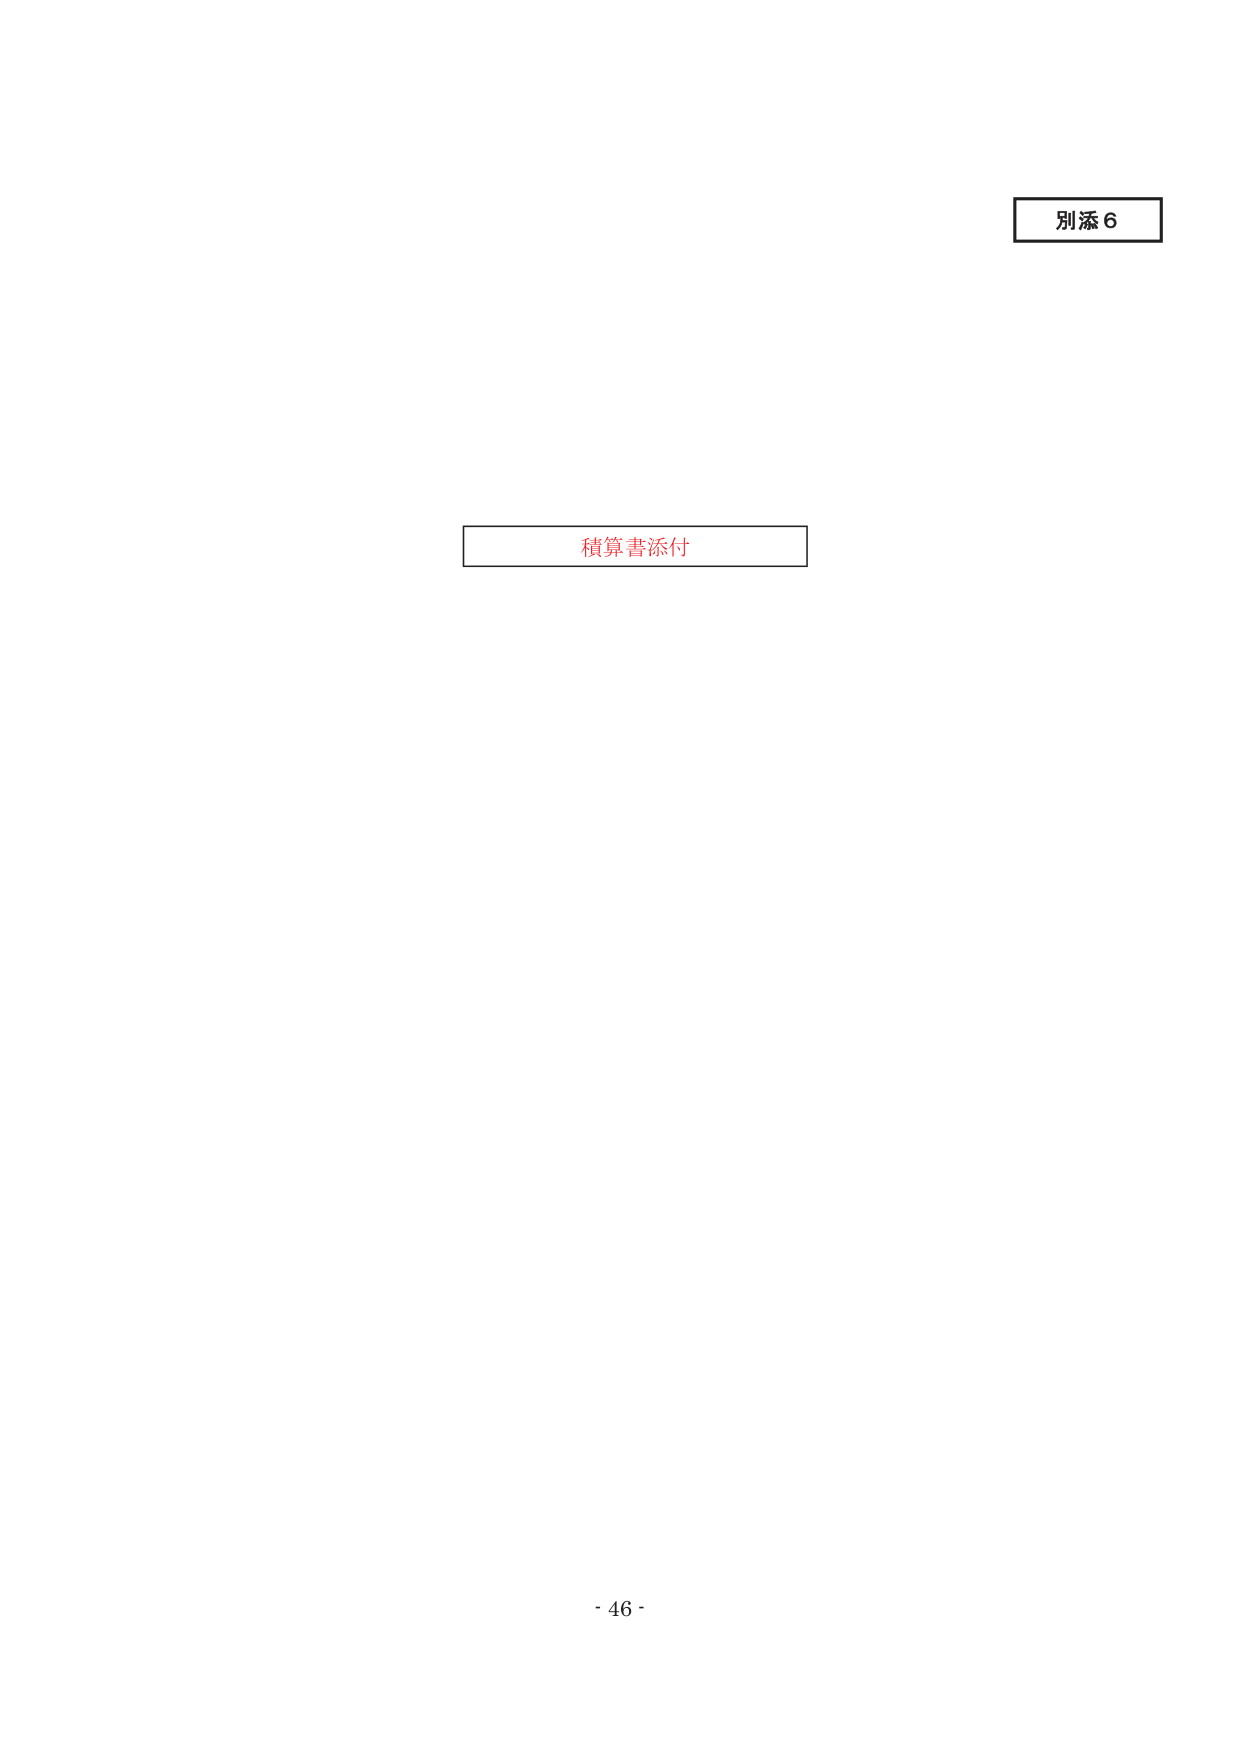
別添 6
積算書添付
- 46 -